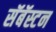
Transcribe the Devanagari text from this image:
सॅबॅस्टन